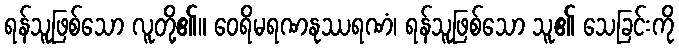
ရန်သူဖြစ်သော လူတို့၏။ ဝေရိမရဏနုဿရဏံ၊ ရန်သူဖြစ်သော သူ၏ သေခြင်းကို